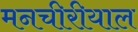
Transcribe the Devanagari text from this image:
मनचीरीयाल